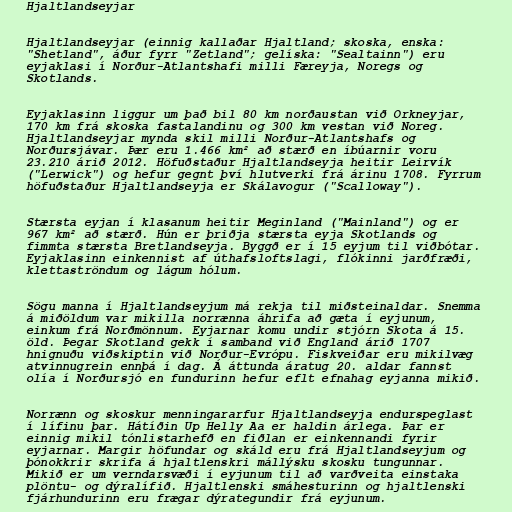
Hjaltlandseyjar

Hjaltlandseyjar (einnig kallaðar Hjaltland; skoska, enska:
"Shetland", áður fyrr "Zetland"; gelíska: "Sealtainn") eru
eyjaklasi í Norður-Atlantshafi milli Færeyja, Noregs og
Skotlands.

Eyjaklasinn liggur um það bil 80 km norðaustan við Orkneyjar,
170 km frá skoska fastalandinu og 300 km vestan við Noreg.
Hjaltlandseyjar mynda skil milli Norður-Atlantshafs og
Norðursjávar. Þær eru 1.466 km² að stærð en íbúarnir voru
23.210 árið 2012. Höfuðstaður Hjaltlandseyja heitir Leirvík
("Lerwick") og hefur gegnt því hlutverki frá árinu 1708. Fyrrum
höfuðstaður Hjaltlandseyja er Skálavogur ("Scalloway").

Stærsta eyjan í klasanum heitir Meginland ("Mainland") og er
967 km² að stærð. Hún er þriðja stærsta eyja Skotlands og
fimmta stærsta Bretlandseyja. Byggð er í 15 eyjum til viðbótar.
Eyjaklasinn einkennist af úthafsloftslagi, flókinni jarðfræði,
klettaströndum og lágum hólum.

Sögu manna í Hjaltlandseyjum má rekja til miðsteinaldar. Snemma
á miðöldum var mikilla norrænna áhrifa að gæta í eyjunum,
einkum frá Norðmönnum. Eyjarnar komu undir stjórn Skota á 15.
öld. Þegar Skotland gekk í samband við England árið 1707
hnignuðu viðskiptin við Norður-Evrópu. Fiskveiðar eru mikilvæg
atvinnugrein ennþá í dag. Á áttunda áratug 20. aldar fannst
olía í Norðursjó en fundurinn hefur eflt efnahag eyjanna mikið.

Norrænn og skoskur menningararfur Hjaltlandseyja endurspeglast
í lífinu þar. Hátíðin Up Helly Aa er haldin árlega. Þar er
einnig mikil tónlistarhefð en fiðlan er einkennandi fyrir
eyjarnar. Margir höfundar og skáld eru frá Hjaltlandseyjum og
þónokkrir skrifa á hjaltlenskri mállýsku skosku tungunnar.
Mikið er um verndarsvæði í eyjunum til að varðveita einstaka
plöntu- og dýralífið. Hjaltlenski smáhesturinn og hjaltlenski
fjárhundurinn eru frægar dýrategundir frá eyjunum.